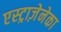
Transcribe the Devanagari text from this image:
एस्ट्राज़ेनेका